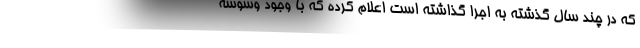
که در چند سال گذشته به اجرا گذاشته است اعلام کرده که با وجود وسوسه